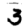
Digit: 3